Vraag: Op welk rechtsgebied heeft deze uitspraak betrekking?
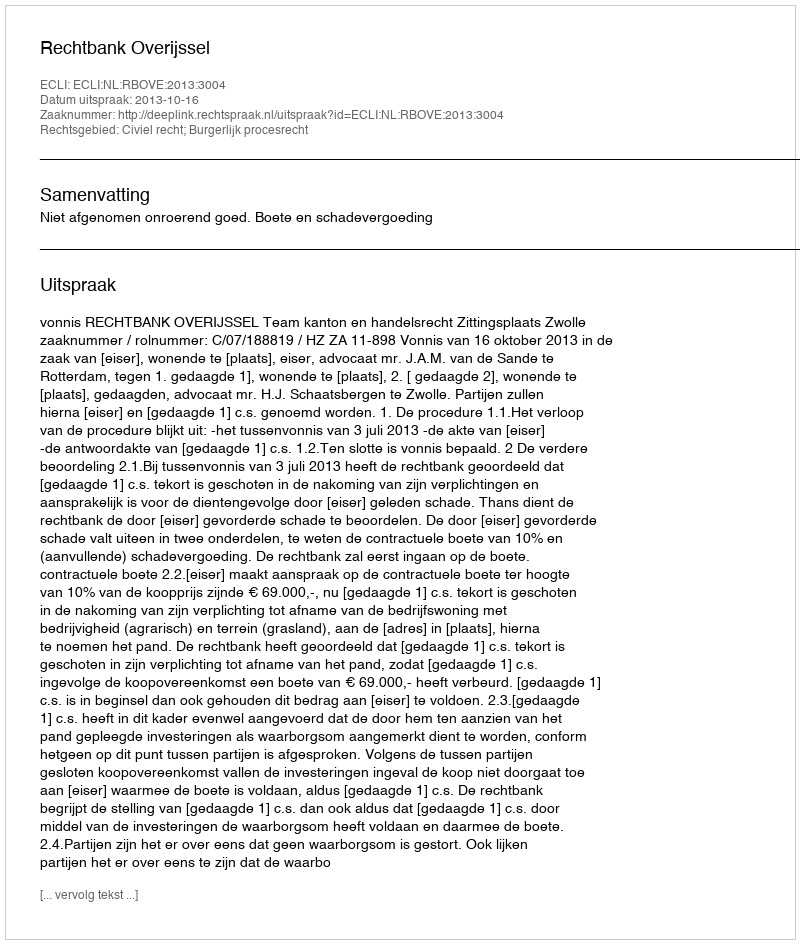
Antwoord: Civiel recht; Burgerlijk procesrecht